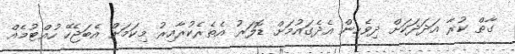
ގާތް ކުރާ އަދަދަކަށް ދިވެހިން އެދެގައުމަށް ޑޮލަރު އެތެރެކުރާއިރު މިކަމަށް އެބަޖެހޭ ހުއްޓުމެއް